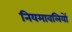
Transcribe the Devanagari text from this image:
नियमावलियों